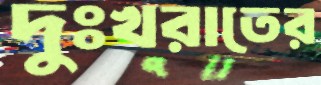
দুঃখরাতের